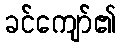
ခင်ကျော်၏